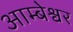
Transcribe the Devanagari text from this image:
आम्बेश्वर